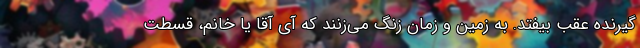
گیرنده عقب بیفتد. به زمین و زمان زنگ می‌زنند که آی آقا یا خانم، قسطت